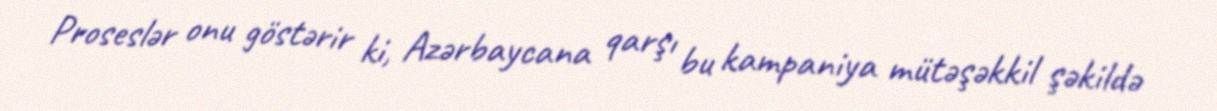
Proseslər onu göstərir ki, Azərbaycana qarşı bu kampaniya mütəşəkkil şəkildə